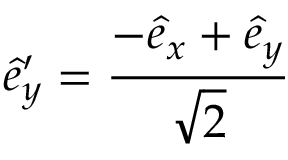
\hat { e } _ { y } ^ { \prime } = \frac { - \hat { e } _ { x } + \hat { e } _ { y } } { \sqrt { 2 } }